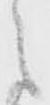
之